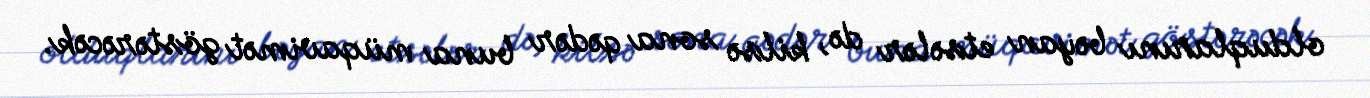
olduqlarını bəyan etsələr də, kilsə sona qədər buna müqavimət göstərəcək.